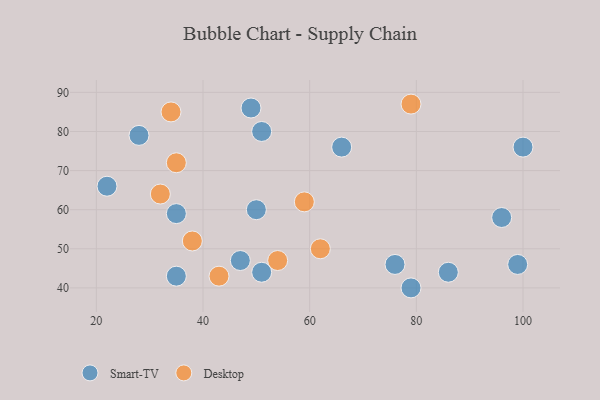
{"axis": {"x": "GDP", "y": "Life Expectancy"}, "legend": ["Desktop", "Smart-TV"], "data": [{"x": "76", "y": 46, "type": "Smart-TV"}, {"x": "49", "y": 86, "type": "Smart-TV"}, {"x": "96", "y": 58, "type": "Smart-TV"}, {"x": "35", "y": 43, "type": "Smart-TV"}, {"x": "86", "y": 44, "type": "Smart-TV"}, {"x": "99", "y": 46, "type": "Smart-TV"}, {"x": "50", "y": 60, "type": "Smart-TV"}, {"x": "66", "y": 76, "type": "Smart-TV"}, {"x": "51", "y": 44, "type": "Smart-TV"}, {"x": "79", "y": 40, "type": "Smart-TV"}, {"x": "28", "y": 79, "type": "Smart-TV"}, {"x": "35", "y": 59, "type": "Smart-TV"}, {"x": "51", "y": 80, "type": "Smart-TV"}, {"x": "47", "y": 47, "type": "Smart-TV"}, {"x": "100", "y": 76, "type": "Smart-TV"}, {"x": "22", "y": 66, "type": "Smart-TV"}, {"x": "62", "y": 50, "type": "Desktop"}, {"x": "32", "y": 64, "type": "Desktop"}, {"x": "43", "y": 43, "type": "Desktop"}, {"x": "59", "y": 62, "type": "Desktop"}, {"x": "54", "y": 47, "type": "Desktop"}, {"x": "35", "y": 72, "type": "Desktop"}, {"x": "34", "y": 85, "type": "Desktop"}, {"x": "38", "y": 52, "type": "Desktop"}, {"x": "79", "y": 87, "type": "Desktop"}]}